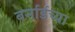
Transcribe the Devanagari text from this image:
बर्नार्डच्या